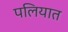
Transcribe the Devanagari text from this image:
पलियात